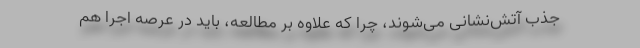
جذب آتش‌نشانی می‌شوند، چرا که علاوه بر مطالعه، باید در عرصه اجرا هم